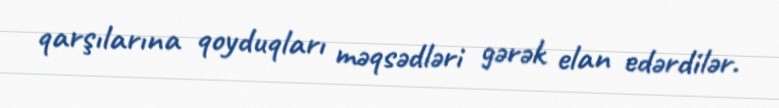
qarşılarına qoyduqları məqsədləri gərək elan edərdilər.